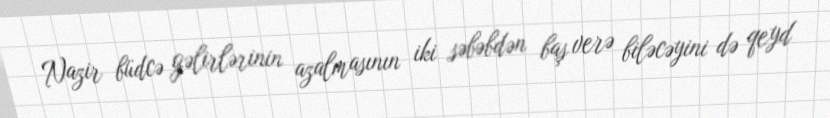
Nazir büdcə gəlirlərinin azalmasının iki səbəbdən baş verə biləcəyini də qeyd